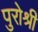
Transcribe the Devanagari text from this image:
पुरोश्री